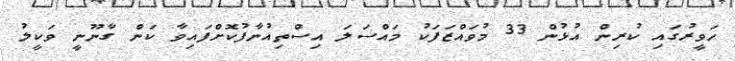
ހަވީރުގައި ކުރިން އުޅުން 33 މުވައްޒަފަކު މައްސަލަ އިސްތިއުނާފުކޮށްފައިވާ ކަން ގާނޫނީ ވަކީލު